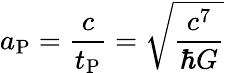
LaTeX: a_{\mathrm{P}}={\frac{c}{t_{\mathrm{P}}}}={\sqrt{\frac{c^{7}}{\hbar G}}}